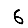
Digit: 6